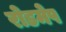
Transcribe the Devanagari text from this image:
रोडमेप